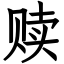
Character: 赎